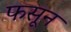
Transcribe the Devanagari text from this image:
फसून